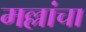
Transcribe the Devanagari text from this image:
मल्लांचा